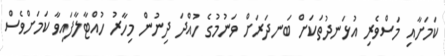
ކަމަށާއި މަސްވެރި އުޅަނދުތަކަށް ބަނދަރަށް ވަނުމުގެ ހުއްދަ ދިނުން މިހާރު ހުއްޓާލާފައިވާ ކަމަށްވެސް